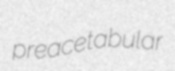
preacetabular